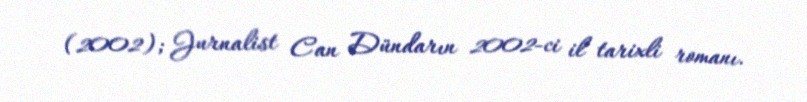
(2002); Jurnalist Can Dündarın 2002-ci il tarixli romanı.